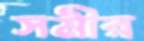
সমীর